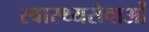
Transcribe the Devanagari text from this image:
स्वास्थ्यसेवाओं